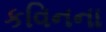
કવિનના